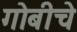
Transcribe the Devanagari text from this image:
गोबीचे